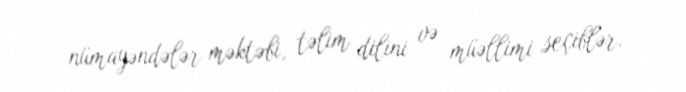
nümayəndələr məktəbi, təlim dilini və müəllimi seçiblər.